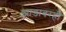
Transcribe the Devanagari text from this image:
झाडावरही